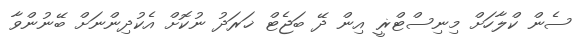
ސެން ކްލާހަށް މިނިސްޓްޜީ އިން ދޭ ބަޖެޓް ޚަރަދު ނުކޮށް އެކުދިންނަށް ބޭނުންވާ